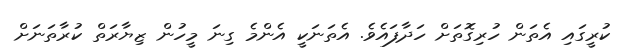
ކުރީގައި އެތަން ހުރިގޮތަށް ހަދާފައެވެ. އެތަނަކީ އެންމެ ގިނަ މީހުން ޒިޔާރަތް ކުރާތަނަށް